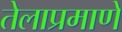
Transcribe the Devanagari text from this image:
तेलाप्रमाणे